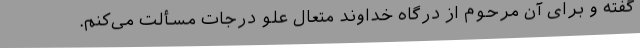
گفته و برای آن مرحوم از درگاه خداوند متعال علو درجات مسألت می‌کنم.